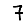
Digit: 7